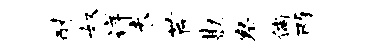
耐奴详未芹勘察倘两